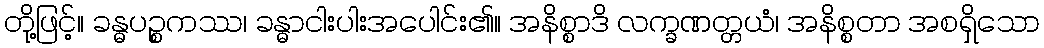
တို့ဖြင့်။ ခန္ဓပဉ္စကဿ၊ ခန္ဓာငါးပါးအပေါင်း၏။ အနိစ္စာဒိ လက္ခဏတ္တယံ၊ အနိစ္စတာ အစရှိသော